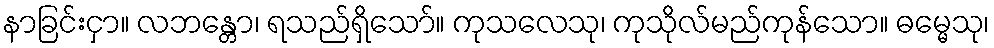
နာခြင်းငှာ။ လဘန္တော၊ ရသည်ရှိသော်။ ကုသလေသု၊ ကုသိုလ်မည်ကုန်သော။ ဓမ္မေသု၊